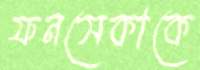
ফনসেকাকে